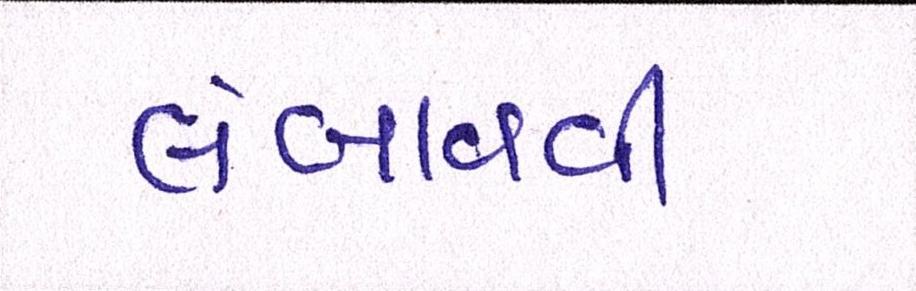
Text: લંબાવવી